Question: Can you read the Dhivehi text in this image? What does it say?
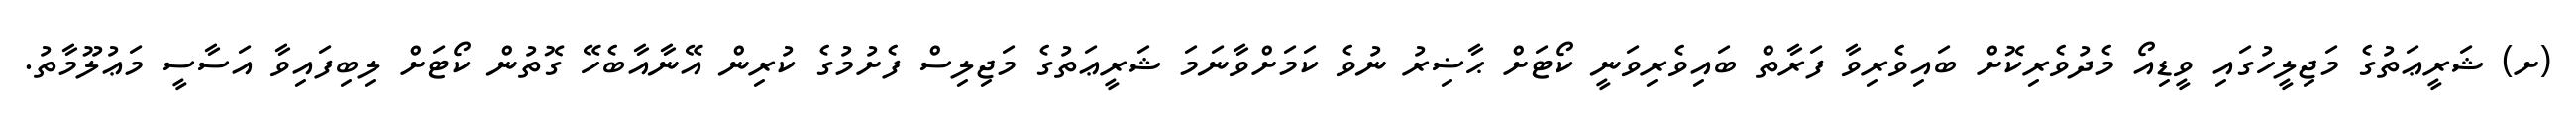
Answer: (ށ) ޝަރީޢަތުގެ މަޖިލީހުގައި ވީޑިއޯ މެދުވެރިކޮށް ބައިވެރިވާ ފަރާތް ބައިވެރިވަނީ ކޯޓަށް ޙާޟިރު ނުވެ ކަމަށްވާނަމަ ޝަރީޢަތުގެ މަޖިލިސް ފެށުމުގެ ކުރިން އޭނާއާބެހޭ ގޮތުން ކޯޓަށް ލިބިފައިވާ އަސާސީ މަޢުލޫމާތު.